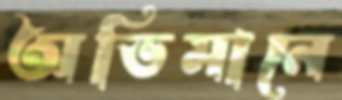
অভিমানে